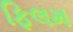
ફિલમ